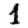
Digit: 1